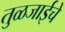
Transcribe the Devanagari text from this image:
तुळजाईचे